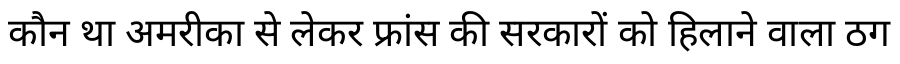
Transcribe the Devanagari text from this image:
कौन था अमरीका से लेकर फ्रांस की सरकारों को हिलाने वाला ठग